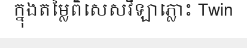
ក្នុងតម្លៃពិសេសវីឡាភ្លោះ Twin